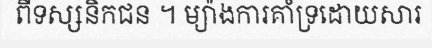
ពីទស្សនិកជន ។ ម្យ៉ាងការគាំទ្រដោយសារ